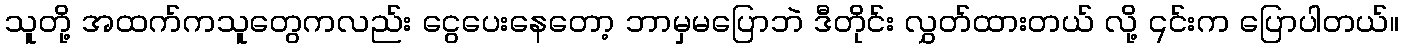
သူတို့ အထက်ကသူတွေကလည်း ငွေပေးနေတော့ ဘာမှမပြောဘဲ ဒီတိုင်း လွှတ်ထားတယ် လို့ ၎င်းက ပြောပါတယ်။